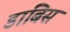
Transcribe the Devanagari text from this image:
डांबिस